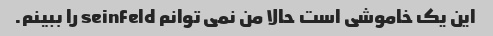
این یک خاموشی است حالا من نمی توانم seinfeld را ببینم.